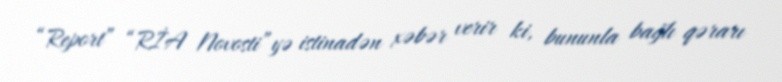
“Report” “RİA Novosti”yə istinadən xəbər verir ki, bununla bağlı qərarı